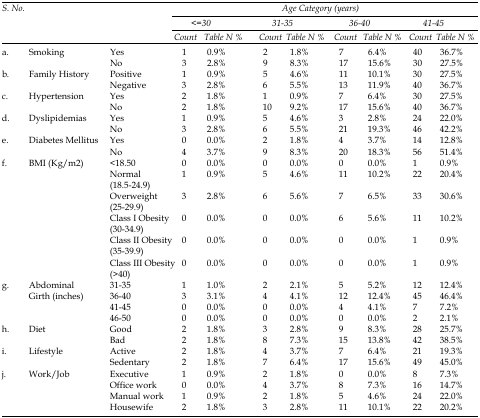
<table><thead><tr><td rowspan="3"><b><i>S. No.</i></b></td><td rowspan="3" colspan="2"></td><td colspan="8"><b><i>Age Category (years)</i></b></td></tr><tr><td colspan="2"><b><i>&lt;=30</i></b></td><td colspan="2"><b><i>31-35</i></b></td><td colspan="2"><b><i>36-40</i></b></td><td colspan="2"><b><i>41-45</i></b></td></tr><tr><td><b><i>Count</i></b></td><td><b><i>Table N %</i></b></td><td><b><i>Count</i></b></td><td><b><i>Table N %</i></b></td><td><b><i>Count</i></b></td><td><b><i>Table N %</i></b></td><td><b><i>Count</i></b></td><td><b><i>Table N %</i></b></td></tr></thead><tbody><tr><td rowspan="2">a.</td><td rowspan="2">Smoking</td><td>Yes</td><td>1</td><td>0.9%</td><td>2</td><td>1.8%</td><td>7</td><td>6.4%</td><td>40</td><td>36.7%</td></tr><tr><td>No</td><td>3</td><td>2.8%</td><td>9</td><td>8.3%</td><td>17</td><td>15.6%</td><td>30</td><td>27.5%</td></tr><tr><td rowspan="2">b.</td><td rowspan="2">Family History</td><td>Positive</td><td>1</td><td>0.9%</td><td>5</td><td>4.6%</td><td>11</td><td>10.1%</td><td>30</td><td>27.5%</td></tr><tr><td>Negative</td><td>3</td><td>2.8%</td><td>6</td><td>5.5%</td><td>13</td><td>11.9%</td><td>40</td><td>36.7%</td></tr><tr><td rowspan="2">c.</td><td rowspan="2">Hypertension</td><td>Yes</td><td>2</td><td>1.8%</td><td>1</td><td>0.9%</td><td>7</td><td>6.4%</td><td>30</td><td>27.5%</td></tr><tr><td>No</td><td>2</td><td>1.8%</td><td>10</td><td>9.2%</td><td>17</td><td>15.6%</td><td>40</td><td>36.7%</td></tr><tr><td rowspan="2">d.</td><td rowspan="2">Dyslipidemias</td><td>Yes</td><td>1</td><td>0.9%</td><td>5</td><td>4.6%</td><td>3</td><td>2.8%</td><td>24</td><td>22.0%</td></tr><tr><td>No</td><td>3</td><td>2.8%</td><td>6</td><td>5.5%</td><td>21</td><td>19.3%</td><td>46</td><td>42.2%</td></tr><tr><td rowspan="2">e.</td><td rowspan="2">Diabetes Mellitus</td><td>Yes</td><td>0</td><td>0.0%</td><td>2</td><td>1.8%</td><td>4</td><td>3.7%</td><td>14</td><td>12.8%</td></tr><tr><td>No</td><td>4</td><td>3.7%</td><td>9</td><td>8.3%</td><td>20</td><td>18.3%</td><td>56</td><td>51.4%</td></tr><tr><td rowspan="6">f.</td><td rowspan="6">BMI (Kg/m2)</td><td>&lt;18.50</td><td>0</td><td>0.0%</td><td>0</td><td>0.0%</td><td>0</td><td>0.0%</td><td>1</td><td>0.9%</td></tr><tr><td>Normal (18.5-24.9)</td><td>1</td><td>0.9%</td><td>5</td><td>4.6%</td><td>11</td><td>10.2%</td><td>22</td><td>20.4%</td></tr><tr><td>Overweight (25-29.9)</td><td>3</td><td>2.8%</td><td>6</td><td>5.6%</td><td>7</td><td>6.5%</td><td>33</td><td>30.6%</td></tr><tr><td>Class I Obesity (30-34.9)</td><td>0</td><td>0.0%</td><td>0</td><td>0.0%</td><td>6</td><td>5.6%</td><td>11</td><td>10.2%</td></tr><tr><td>Class II Obesity (35-39.9)</td><td>0</td><td>0.0%</td><td>0</td><td>0.0%</td><td>0</td><td>0.0%</td><td>1</td><td>0.9%</td></tr><tr><td>Class III Obesity (&gt;40)</td><td>0</td><td>0.0%</td><td>0</td><td>0.0%</td><td>0</td><td>0.0%</td><td>1</td><td>0.9%</td></tr><tr><td rowspan="4">g.</td><td rowspan="4">Abdominal Girth (inches)</td><td>31-35</td><td>1</td><td>1.0%</td><td>2</td><td>2.1%</td><td>5</td><td>5.2%</td><td>12</td><td>12.4%</td></tr><tr><td>36-40</td><td>3</td><td>3.1%</td><td>4</td><td>4.1%</td><td>12</td><td>12.4%</td><td>45</td><td>46.4%</td></tr><tr><td>41-45</td><td>0</td><td>0.0%</td><td>0</td><td>0.0%</td><td>4</td><td>4.1%</td><td>7</td><td>7.2%</td></tr><tr><td>46-50</td><td>0</td><td>0.0%</td><td>0</td><td>0.0%</td><td>0</td><td>0.0%</td><td>2</td><td>2.1%</td></tr><tr><td rowspan="2">h.</td><td rowspan="2">Diet</td><td>Good</td><td>2</td><td>1.8%</td><td>3</td><td>2.8%</td><td>9</td><td>8.3%</td><td>28</td><td>25.7%</td></tr><tr><td>Bad</td><td>2</td><td>1.8%</td><td>8</td><td>7.3%</td><td>15</td><td>13.8%</td><td>42</td><td>38.5%</td></tr><tr><td rowspan="2">i.</td><td rowspan="2">Lifestyle</td><td>Active</td><td>2</td><td>1.8%</td><td>4</td><td>3.7%</td><td>7</td><td>6.4%</td><td>21</td><td>19.3%</td></tr><tr><td>Sedentary</td><td>2</td><td>1.8%</td><td>7</td><td>6.4%</td><td>17</td><td>15.6%</td><td>49</td><td>45.0%</td></tr><tr><td rowspan="4">j.</td><td rowspan="4">Work/Job</td><td>Executive</td><td>1</td><td>0.9%</td><td>2</td><td>1.8%</td><td>0</td><td>0.0%</td><td>8</td><td>7.3%</td></tr><tr><td>Office work</td><td>0</td><td>0.0%</td><td>4</td><td>3.7%</td><td>8</td><td>7.3%</td><td>16</td><td>14.7%</td></tr><tr><td>Manual work</td><td>1</td><td>0.9%</td><td>2</td><td>1.8%</td><td>5</td><td>4.6%</td><td>24</td><td>22.0%</td></tr><tr><td>Housewife</td><td>2</td><td>1.8%</td><td>3</td><td>2.8%</td><td>11</td><td>10.1%</td><td>22</td><td>20.2%</td></tr></tbody></table>